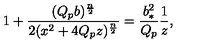
1 + { \frac { ( Q _ { p } b ) ^ { \frac { n } { 2 } } } { 2 ( x ^ { 2 } + 4 Q _ { p } z ) ^ { \frac { n } { 2 } } } } = { \frac { b _ { * } ^ { 2 } } { Q _ { p } } } { \frac { 1 } { z } } ,